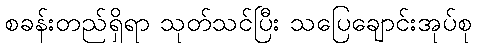
စခန်းတည်ရှိရာ သုတ်သင်ပြီး သပြေချောင်းအုပ်စု